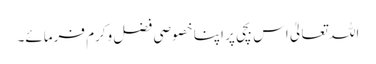
اللہ تعالیٰ اس بچی پر اپنا خصوصی فضل وکرم فرمائے۔